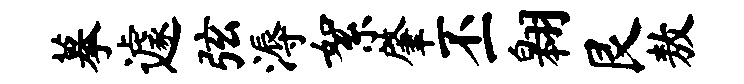
摹遽弦溽絮肇丕翱艮敖